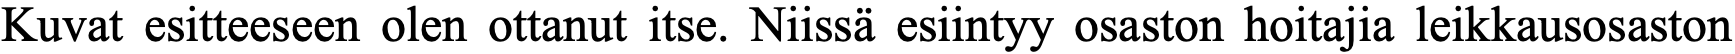
Kuvat esitteeseen olen ottanut itse. Niissä esiintyy osaston hoitajia leikkausosaston